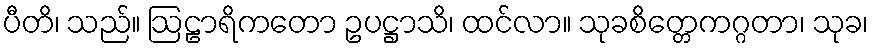
ပီတိ၊ သည်။ ဩဠာရိကတော ဥပဋ္ဌာသိ၊ ထင်လာ။ သုခစိတ္တေကဂ္ဂတာ၊ သုခ၊